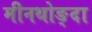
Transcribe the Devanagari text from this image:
मीनथोङ्दा